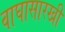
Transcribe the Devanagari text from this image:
वाघासारखी